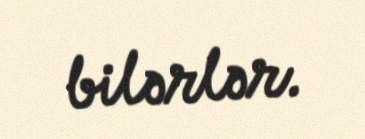
bilərlər.